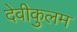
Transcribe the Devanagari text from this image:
देवीकुलम